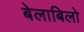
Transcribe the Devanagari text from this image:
बेलाबिलो